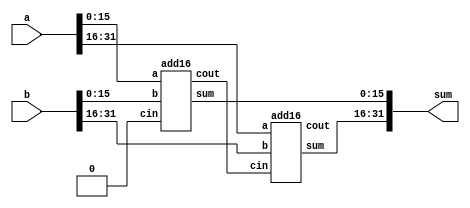
module adder1(
    input [31:0] a,
    input [31:0] b,
    output [31:0] sum
);
    wire w1,w2;
    add16 inst1(.a(a[15:0]),.b(b[15:0]),.cin(1'b0),.sum(sum[15:0]),.cout(w1));
    add16 inst2(.a(a[31:16]),.b(b[31:16]),.cin(w1),.sum(sum[31:16]),.cout(w2));
    

endmodule
module add16 ( input[15:0] a, input[15:0] b, input cin, output[15:0] sum, output cout );
endmodule